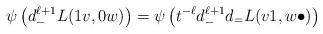
LaTeX: \begin{align*}\psi \left( d_-^{\ell+1} L(1v, 0w) \right) &= \psi \left( t^{-\ell} d_-^{\ell+1} d_= L(v1, w\bullet) \right)\end{align*}